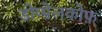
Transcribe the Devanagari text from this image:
डोप्पेलकोफ़